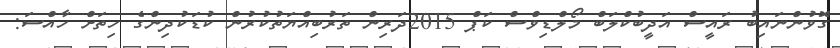
ގޮވުންނައިބު ރައީސް އަދީބުކްލަބް މޯލްޑިވްސް ކަޕް 2015ދަރިން ތަރުބިއްޔަތުކުރުން ކުޑަކުދިންގެ ހިތަށް ހާއްސަ: